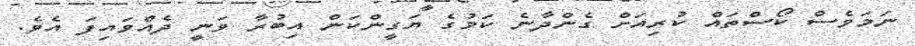
ނަމަވެސް ކޯސްތައް ކުރިއަށް ގެންދާނެ ކަމުގެ ޔަގީންކަން އިބުރާ ވަނީ ދެއްވައިފަ އެވެ.